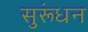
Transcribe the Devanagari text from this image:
सुरूंधन